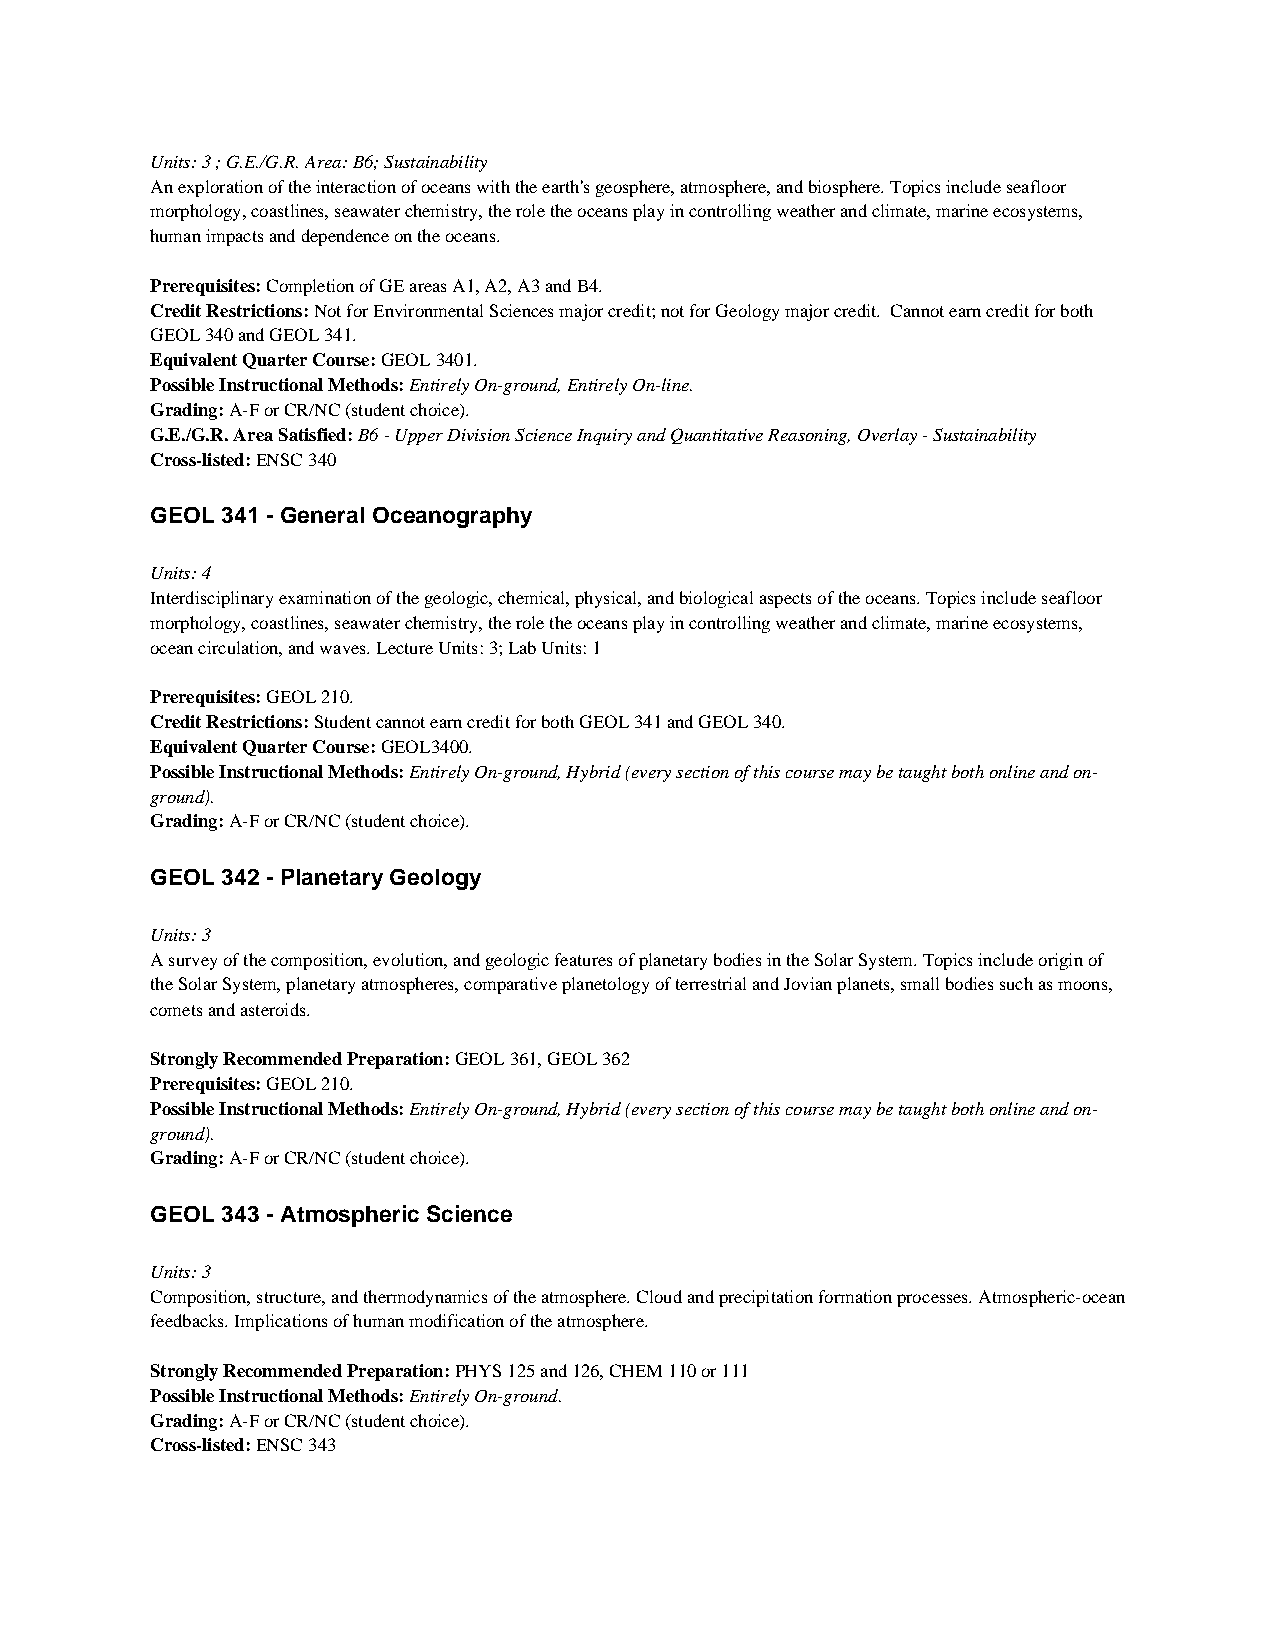
Units: 3 ; G.E./G.R. Area: B6; Sustainability
 An exploration of the interaction of oceans with the earth's geosphere, atmosphere, and biosphere. Topics include seafloor
 morphology, coastlines, seawater chemistry, the role the oceans play in controlling weather and climate, marine ecosystems,
 human impacts and dependence on the oceans.
 Prerequisites: Completion of GE areas A1, A2, A3 and B4.
 Credit Restrictions: Not for Environmental Sciences major credit; not for Geology major credit. Cannot earn credit for both
 GEOL 340 and GEOL 341.
 Equivalent Quarter Course: GEOL 3401.
 Possible Instructional Methods: Entirely On-ground, Entirely On-line.
 Grading: A-F or CR/NC (student choice).
 G.E./G.R. Area Satisfied: B6 - Upper Division Science Inquiry and Quantitative Reasoning, Overlay - Sustainability
 Cross-listed: ENSC 340
 GEOL 341 - General Oceanography
 Units: 4
 Interdisciplinary examination of the geologic, chemical, physical, and biological aspects of the oceans. Topics include seafloor
 morphology, coastlines, seawater chemistry, the role the oceans play in controlling weather and climate, marine ecosystems,
 ocean circulation, and waves. Lecture Units: 3; Lab Units: 1
 Prerequisites: GEOL 210.
 Credit Restrictions: Student cannot earn credit for both GEOL 341 and GEOL 340.
 Equivalent Quarter Course: GEOL3400.
 Possible Instructional Methods: Entirely On-ground, Hybrid (every section of this course may be taught both online and on-
 ground).
 Grading: A-F or CR/NC (student choice).
 GEOL 342 - Planetary Geology
 Units: 3
 A survey of the composition, evolution, and geologic features of planetary bodies in the Solar System. Topics include origin of
 the Solar System, planetary atmospheres, comparative planetology of terrestrial and Jovian planets, small bodies such as moons,
 comets and asteroids.
 Strongly Recommended Preparation: GEOL 361, GEOL 362
 Prerequisites: GEOL 210.
 Possible Instructional Methods: Entirely On-ground, Hybrid (every section of this course may be taught both online and on-
 ground).
 Grading: A-F or CR/NC (student choice).
 GEOL 343 - Atmospheric Science
 Units: 3
 Composition, structure, and thermodynamics of the atmosphere. Cloud and precipitation formation processes. Atmospheric-ocean
 feedbacks. Implications of human modification of the atmosphere.
 Strongly Recommended Preparation: PHYS 125 and 126, CHEM 110 or 111
 Possible Instructional Methods: Entirely On-ground.
 Grading: A-F or CR/NC (student choice).
 Cross-listed: ENSC 343